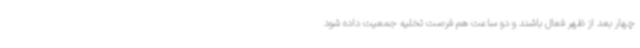
چهار بعد از ظهر فعال باشند و دو ساعت هم فرصت تخلیه جمعیت داده شود